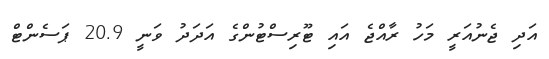
އަދި ޖެނުއަރީ މަހު ރާއްޖެ އައި ޓޫރިސްޓުންގެ އަދަދު ވަނީ 20.9 ޕަސެންޓް